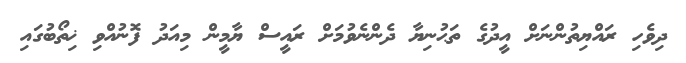
ދިވެހި ރައްޔިތުންނަށް އީދުގެ ތަޙުނިޔާ ދެންނެވުމަށް ރައީސް ޔާމީން މިއަދު ފޮނުއްވި ޚިތޯބުގައި